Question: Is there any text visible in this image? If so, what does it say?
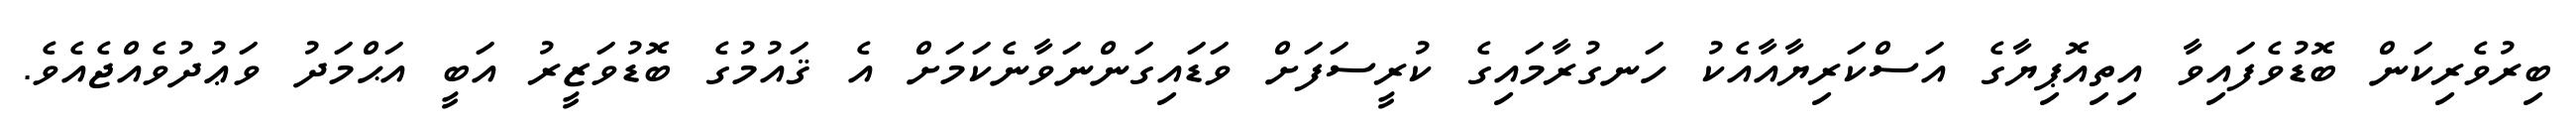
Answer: ބިރުވެރިކަން ބޮޑުވެފައިވާ އިތިއޮޕިޔާގެ އަސްކަރިޔާއާއެކު ހަނގުރާމައިގެ ކުރީސަފަށް ވަޑައިގަންނަވާނެކަމަށް އެ ޤައުމުގެ ބޮޑުވަޒީރު އަބީ އަޙްމަދު ވަޢުދުވެއްޖެއެވެ.